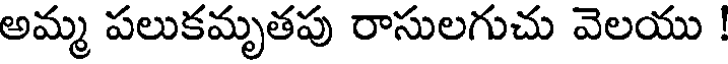
అమ్మ పలుకమృతపు రాసులగుచు వెలయు !